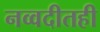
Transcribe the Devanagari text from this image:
नव्वदीतही